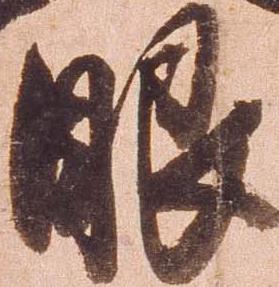
眼